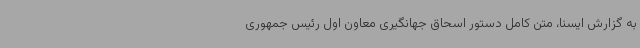
به گزارش ایسنا، متن کامل دستور اسحاق جهانگیری معاون اول رئیس جمهوری